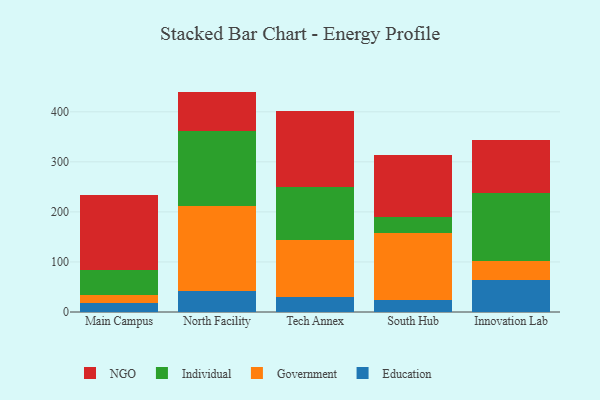
{"axis": {"x": "Campus", "y": "Page Views"}, "legend": ["Education", "Government", "Individual", "NGO"], "data": [{"x": "Main Campus", "y": 18.8, "type": "Education"}, {"x": "Main Campus", "y": 15.2, "type": "Government"}, {"x": "Main Campus", "y": 49.7, "type": "Individual"}, {"x": "Main Campus", "y": 150.4, "type": "NGO"}, {"x": "North Facility", "y": 41.0, "type": "Education"}, {"x": "North Facility", "y": 170.1, "type": "Government"}, {"x": "North Facility", "y": 149.7, "type": "Individual"}, {"x": "North Facility", "y": 79.5, "type": "NGO"}, {"x": "Tech Annex", "y": 29.7, "type": "Education"}, {"x": "Tech Annex", "y": 114.9, "type": "Government"}, {"x": "Tech Annex", "y": 104.5, "type": "Individual"}, {"x": "Tech Annex", "y": 152.1, "type": "NGO"}, {"x": "South Hub", "y": 24.8, "type": "Education"}, {"x": "South Hub", "y": 132.6, "type": "Government"}, {"x": "South Hub", "y": 32.6, "type": "Individual"}, {"x": "South Hub", "y": 124.3, "type": "NGO"}, {"x": "Innovation Lab", "y": 63.8, "type": "Education"}, {"x": "Innovation Lab", "y": 38.8, "type": "Government"}, {"x": "Innovation Lab", "y": 134.2, "type": "Individual"}, {"x": "Innovation Lab", "y": 107.2, "type": "NGO"}]}